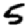
Digit: 5